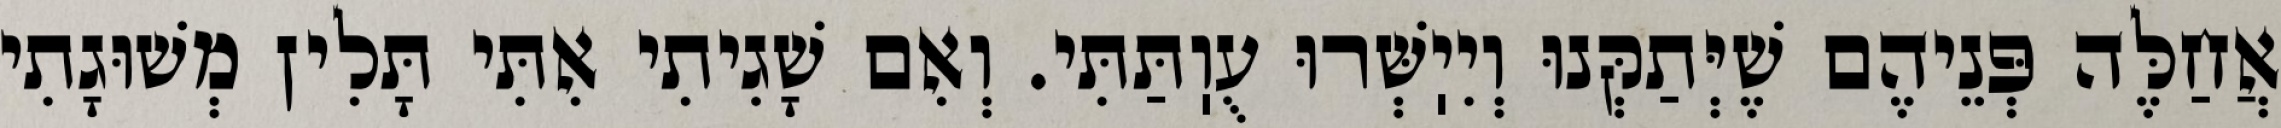
אֲחַלֶּה פְּנֵיהֶם שֶׁיְּתַקְּנוּ וְיִיֽשְּׁרוּ עֻוֽתַּתִּי. וְאִם שָׁגִיתִי אִתִּי תָּלִין מְשׁוּגָתִי